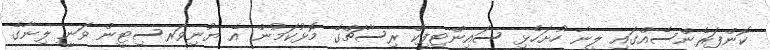
ކޮންފަރެންސެއްގައި ލީނާ ހުށަހެޅި ސައިންޓިފިކް ރިސާޗްގެ މޮޅުކަމުން އެ ޔުނިވަރސިޓީން ވަނީ ލިނާގެ